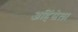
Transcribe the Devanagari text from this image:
अहिंसेला